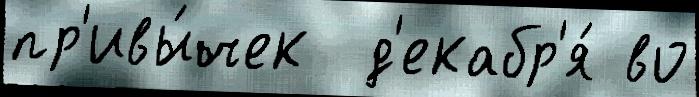
пр'ивы́чек  д'екабр'я́ во